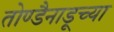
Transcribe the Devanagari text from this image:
तोण्डैनाडूच्या